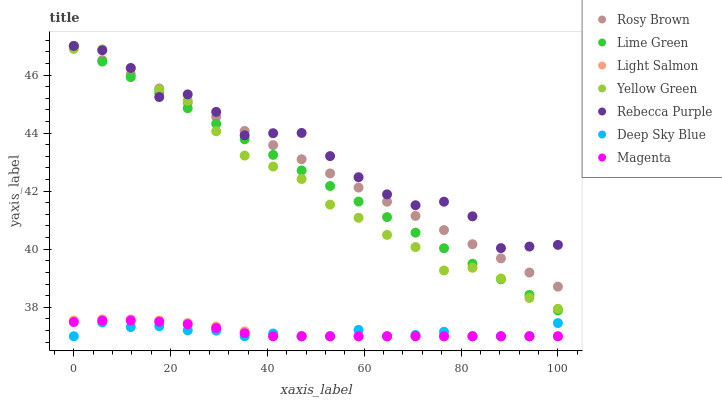
| xaxis_label | Rosy Brown | Lime Green | Light Salmon | Yellow Green | Rebecca Purple | Deep Sky Blue | Magenta |
 | --- | --- | --- | --- | --- | --- | --- | --- |
 | 0 | 47 | 47 | 37.5 | 46.9 | 47 | 37 | 37.5 |
 | 5.88 | 46.5 | 46.5 | 37.6 | 46.9 | 46.9 | 37.5 | 37.5 |
 | 11.8 | 46 | 45.9 | 37.6 | 46.2 | 46.2 | 37.3 | 37.5 |
 | 17.6 | 45.5 | 45.4 | 37.5 | 45.5 | 45.2 | 37.3 | 37.5 |
 | 23.5 | 45 | 44.9 | 37.5 | 45.1 | 45.3 | 37.2 | 37.4 |
 | 29.4 | 44.6 | 44.3 | 37.3 | 44.1 | 44.7 | 37.2 | 37.3 |
 | 35.3 | 44.1 | 43.8 | 37.2 | 43.2 | 43.9 | 37 | 37.1 |
 | 41.2 | 43.6 | 43.2 | 37 | 42.8 | 44 | 37.1 | 37 |
 | 47.1 | 43.1 | 42.7 | 37 | 42.4 | 44 | 37 | 37 |
 | 52.9 | 42.6 | 42.2 | 37 | 41.5 | 43.2 | 37 | 37 |
 | 58.8 | 42.1 | 41.6 | 37 | 41.1 | 42.5 | 37.2 | 37 |
 | 64.7 | 41.6 | 41.1 | 37 | 40.5 | 41.9 | 37 | 37 |
 | 70.6 | 41.1 | 40.6 | 37 | 40.1 | 41.5 | 37 | 37 |
 | 76.5 | 40.7 | 40 | 37 | 39.3 | 41.6 | 37.2 | 37 |
 | 82.4 | 40.2 | 39.5 | 37 | 39.4 | 41.1 | 37 | 37 |
 | 88.2 | 39.7 | 39 | 37 | 39 | 40 | 37 | 37 |
 | 94.1 | 39.2 | 38.4 | 37 | 38.3 | 40.1 | 37 | 37 |
 | 100 | 38.7 | 37.9 | 37 | 37.9 | 40.1 | 37.5 | 37 |